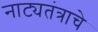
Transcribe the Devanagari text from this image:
नाट्यतंत्राचे